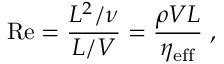
\mathrm { R e } = \frac { L ^ { 2 } / \nu } { L / V } = \frac { \rho V L } { \eta _ { \mathrm { e f f } } } \; ,